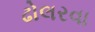
ઢોલરવા